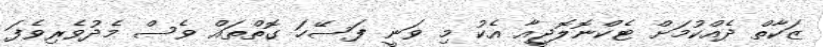
ޒަކާތް ދެއްކުމަށް ޓެކްނޮލޮޖީއާ އެކު މި ވަނީ ފަސޭހަ ގޮތްތައް ވެސް މެދުވެރިވެފަ